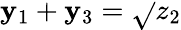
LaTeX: \mathbf{y}_{1}+\mathbf{y}_{3}=\sqrt{}{{z_{2}}}